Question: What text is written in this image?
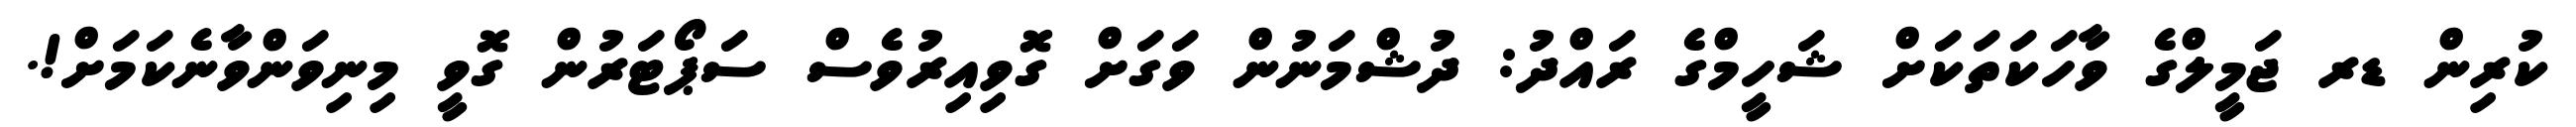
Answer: ކުރިން ޑރ ޖަމީލްގެ ވާހަކަތަކަށް ޝަހީމްގެ ރައްދު: ދުޝްމަނުން ވަގަށް ގޮވިއިރުވެސް ސަޕޯޓަރުން ގޮވީ މިނިވަންވާނެކަމަށް!.